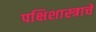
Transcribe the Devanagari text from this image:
पक्षिशास्त्राचे